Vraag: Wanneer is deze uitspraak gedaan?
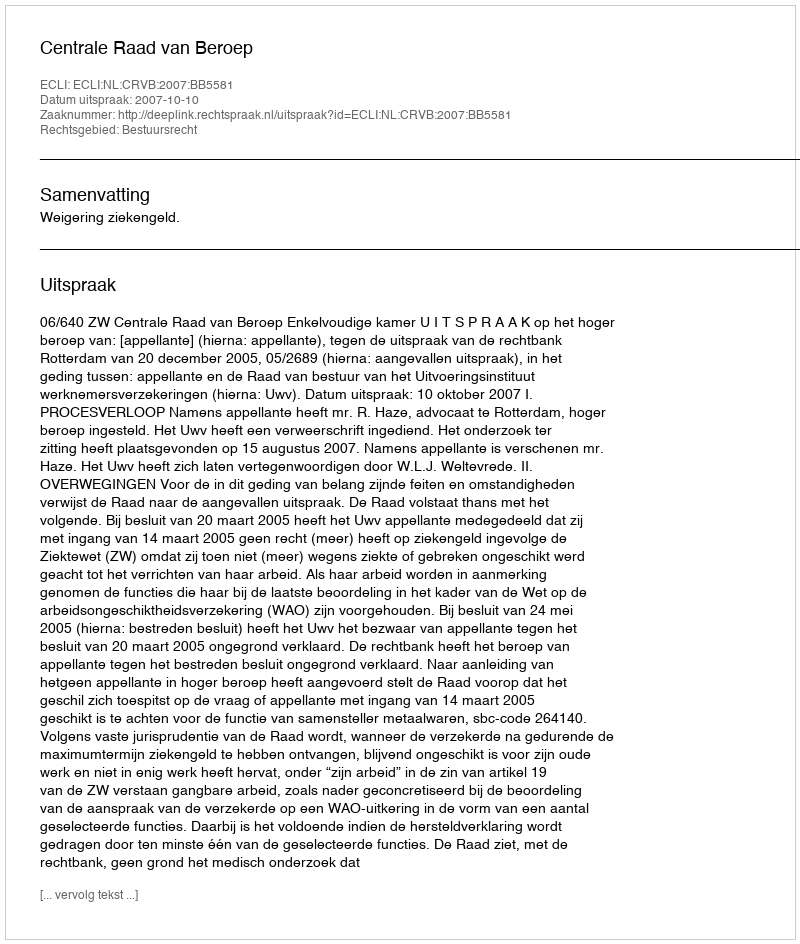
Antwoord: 2007-10-10